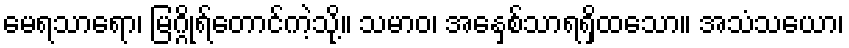
မေရသာရော၊ မြဂ္ဂိုရ်တောင်ကဲ့သို့။ သမာဝ၊ အေနှစ်သာရရှိထသော။ အသံသယော၊